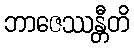
ဘာဇေဿန္တီတိ